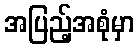
အပြည့်အစုံမှာ